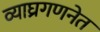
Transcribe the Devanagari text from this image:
व्याघ्रगणनेत